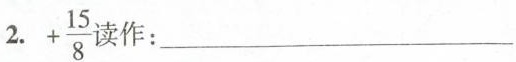
2. +\frac{15}{8} 读作:___